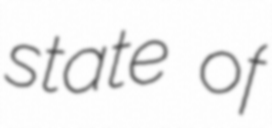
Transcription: state of